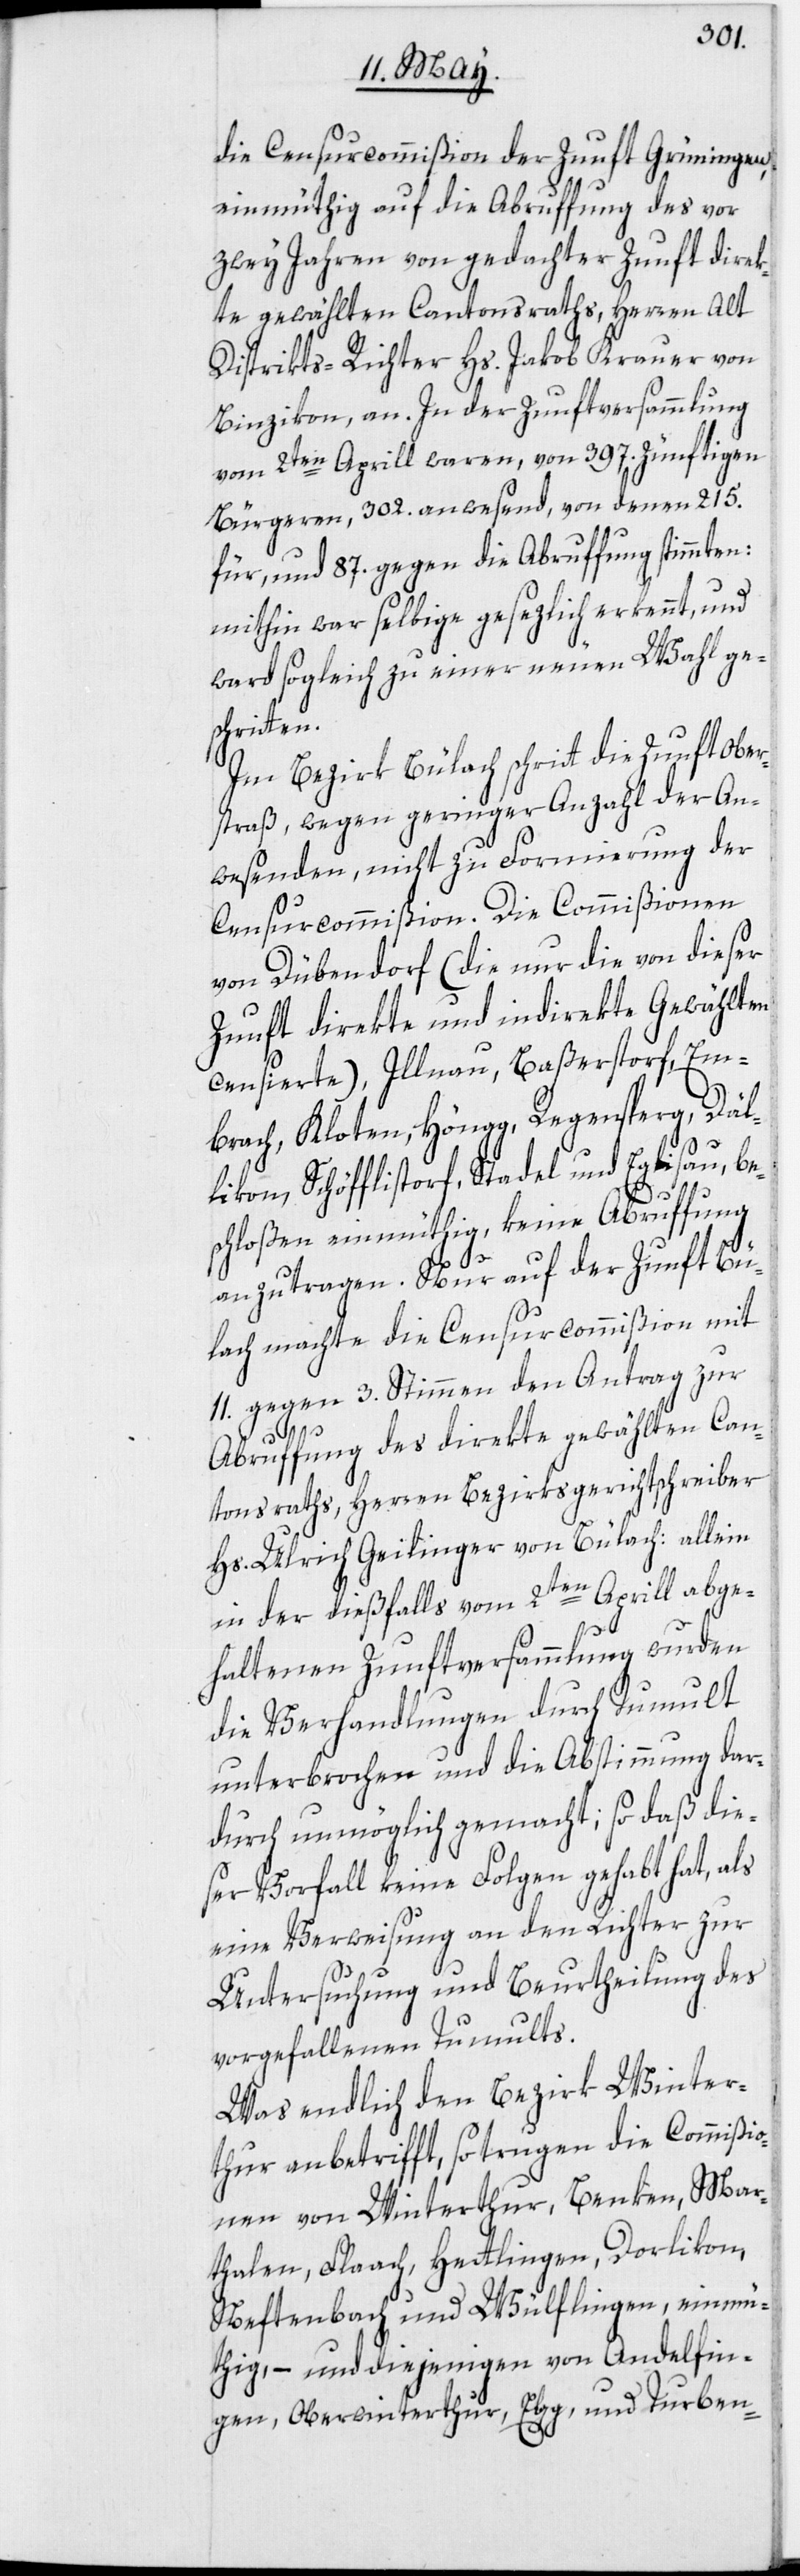
die Censurcommißion der Zunft Grüningen,
einmüthig auf die Abruffung des vor
zwey Jahren von gedachter Zunft direk¬
te gewählten Cantonsraths, Herren Alt
Distrikts-Richter Hs. Jakob Krauer von
Binzikon, an. In der Zunftversammlung
vom 2ten Aprill waren, von 397. zünftigen
Bürgeren, 302. anwesend, von denen 215.
für, und 87. gegen die Abruffung stimmten:
mithin war selbige gesezlich erkennt, und
ward sogleich zu einer neuen Wahl ge¬
schritten.
Im Bezirk Bülach schritt die Zunft Ober¬
straß, wegen geringer Anzahl der An¬
wesenden, nicht zu Formierung der
Censurcommißion. Die Commißionen
von Dübendorf (die nur die von dieser
Zunft direkte und indirekte Gewählten
censierte), Illnau, Baßerstorf, Em¬
brach, Kloten, Höngg, Regensperg, Däl¬
likon, Schöfflistorf, Stadel und Eglisau, be¬
schloßen einmüthig, keine Abruffung
anzutragen. Nur auf der Zunft Bü¬
lach machte die Censurcommißion mit
11. gegen 3. Stimmen den Antrag zur
Abruffung des direkte gewählten Can¬
tonsraths, Herren Bezirksgerichtschreiber
Hs. Ulrich Geilinger von Bülach: allein
in der dießfalls vom 2ten Aprill abge¬
haltenen Zunftversammlung wurden
die Verhandlungen durch Tumult
unterbrochen und die Abstimmung dar¬
durch unmöglich gemacht; so daß die¬
ser Vorfall keine Folgen gehabt hat, als
eine Verweisung an den Richter zur
Untersuchung und Beurtheilung des
vorgefallenen Tumults.
Was endlich den Bezirk Winter¬
thur anbetrifft, so trugen die Commißio¬
nen von Winterthur, Benken, Mar¬
thalen, Flaach, Hettlingen, Dorlikon,
Neftenbach und Wülflingen, einmü¬
thig, – und diejenigen von Andelfin¬
gen, Oberwinterthur, Elgg, und Turben-